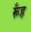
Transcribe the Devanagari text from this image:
रूँह